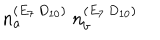
n _ { a } ^ { ( E _ { 7 } \, D _ { 1 0 } ) } \ n _ { b } ^ { ( E _ { 7 } \, D _ { 1 0 } ) }